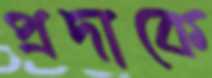
প্রদাকে